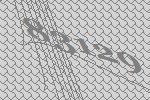
83129